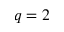
q = 2